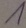
Text: 1